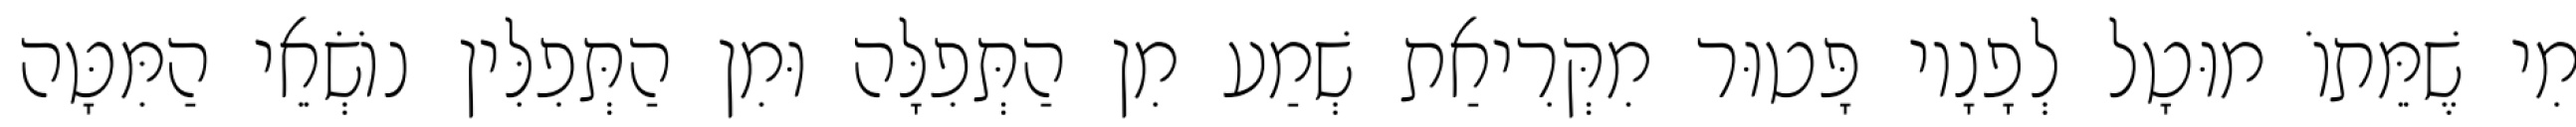
מִי שֶׁמֵּתוֹ מוּטָל לְפָנָיו פָּטוּר מִקְּרִיאַת שְׁמַע מִן הַתְּפִלָּה וּמִן הַתְּפִלִּין נוֹשְׂאֵי הַמִּטָּה